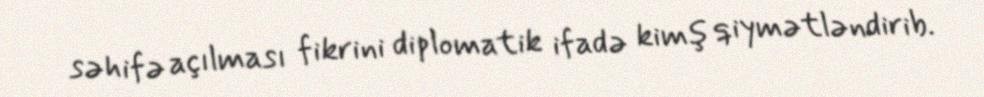
səhifə açılması fikrini diplomatik ifadə kimş qiymətləndirib.